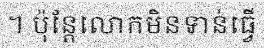
។ ប៉ុន្តែលោកមិនទាន់ធ្វើ